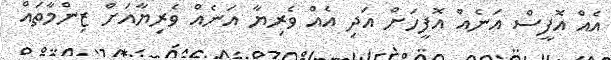
އެއް އޮފީސް އަނެއް އޮފީހަށް އަދި އެއް ވެރިޔާ އަނެއް ވެރިޔާއަށް ޒިންމާތައް